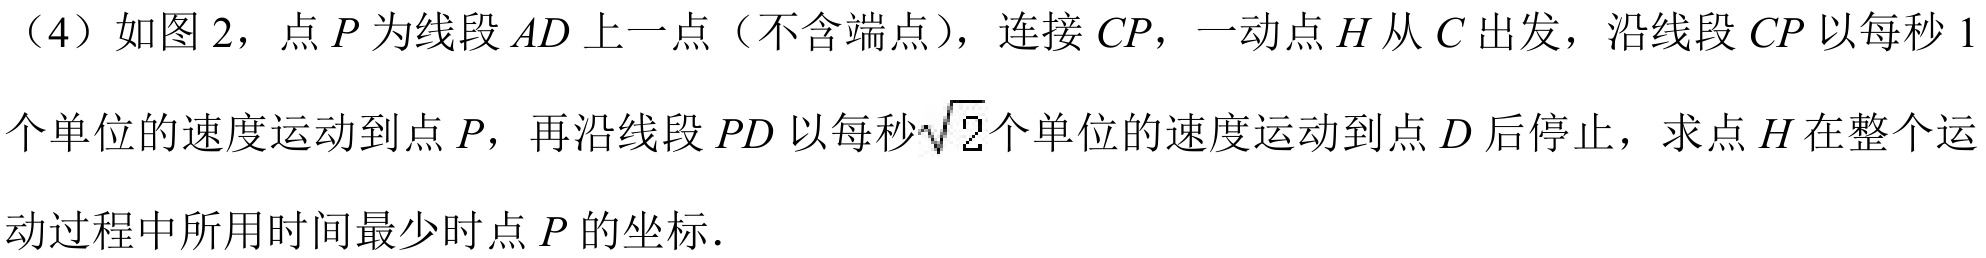
（4）如图 2，点 \(P\) 为线段 \(AD\) 上一点（不含端点），连接 \(CP\)，一动点 \(H\) 从 \(C\) 出发，沿线段 \(CP\) 以每秒 \(1\) 个单位的速度运动到点 \(P\)，再沿线段 \(PD\) 以每秒\(\sqrt{2}\)个单位的速度运动到点 \(D\) 后停止，求点 \(H\) 在整个运动过程中所用时间最少时点 \(P\) 的坐标．